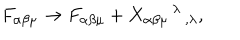
F _ { \alpha \beta \mu } \rightarrow F _ { \alpha \beta \mu } + X _ { \alpha \beta \mu } { } ^ { \, \lambda } { } _ { \, , \lambda } ,